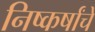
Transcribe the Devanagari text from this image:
निष्कर्षांचे